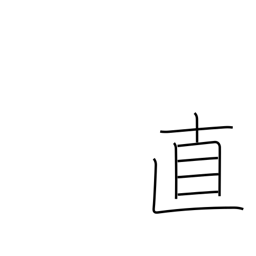
Meaning: honesty